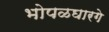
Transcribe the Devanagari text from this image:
भोपळघारगे